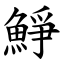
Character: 䱢